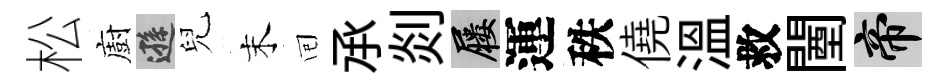
松廚遜兒末囘𠄘剡屨運秩僥溫救闉帝